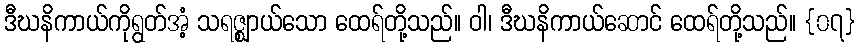
ဒီဃနိကာယ်ကိုရွတ်အံ့ သရဇ္ဈာယ်သော ထေရ်တို့သည်။ ဝါ၊ ဒီဃနိကာယ်ဆောင် ထေရ်တို့သည်။ {၀၇}